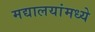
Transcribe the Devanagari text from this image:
मद्यालयांमध्ये